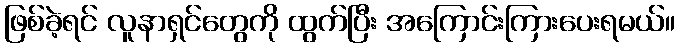
ဖြစ်ခဲ့ရင် လူနာရှင်တွေကို ထွက်ပြီး အကြောင်းကြားပေးရမယ်။